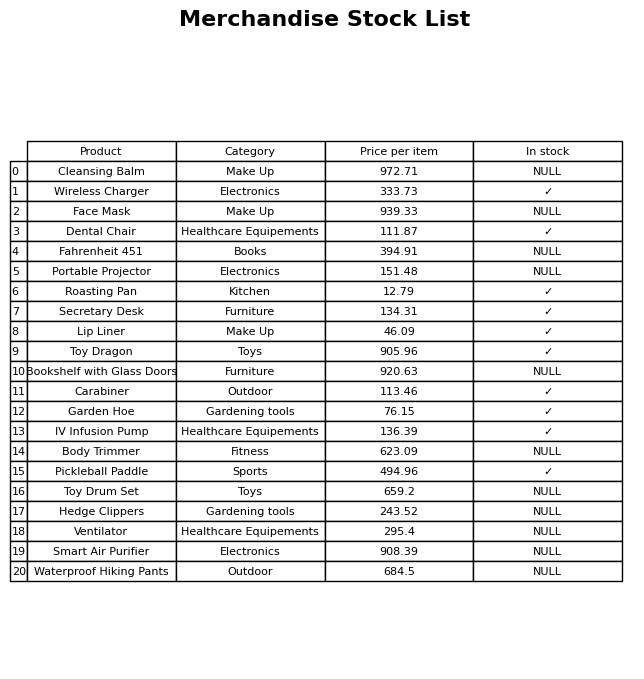
question: What is the price of the Toy Dragon?
answer: The price of Toy Dragon is 905.96.